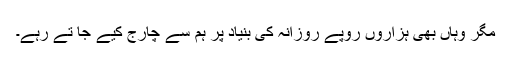
مگر وہاں بھی ہزاروں روپے روزانہ کی بنیاد پر ہم سے چارج کیے جا تے رہے۔